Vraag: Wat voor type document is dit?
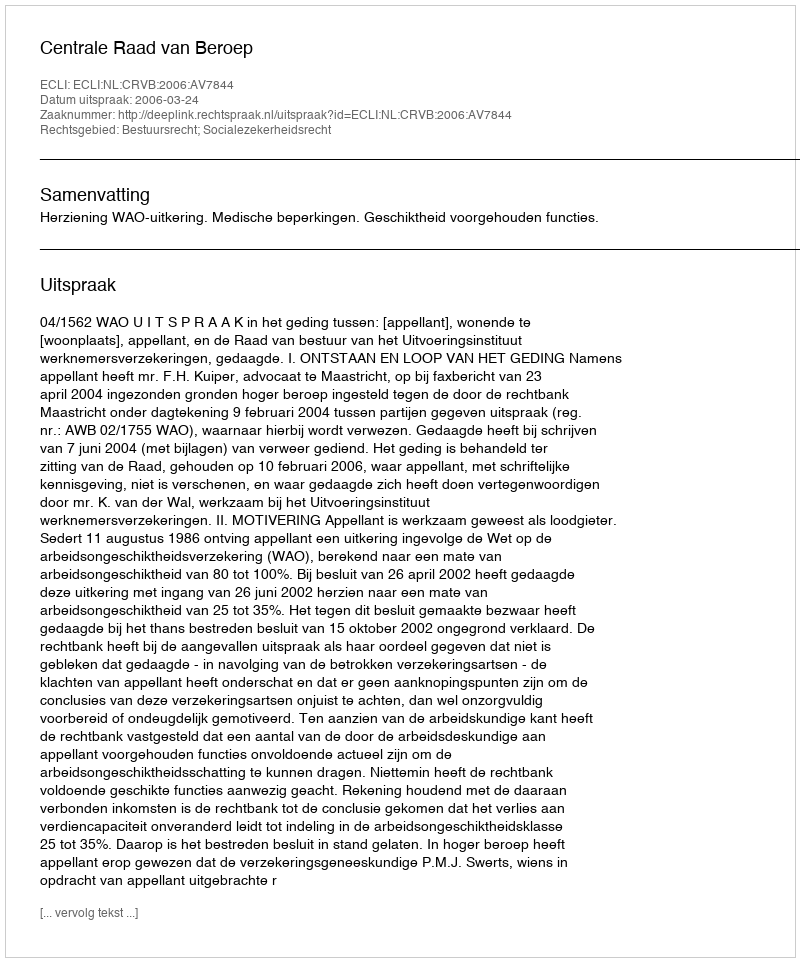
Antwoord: Uitspraak